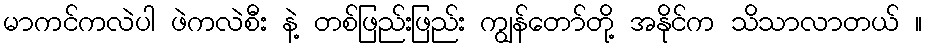
မာကင်ကလဲပါ ဖဲကလဲစီး နဲ့ တစ်ဖြည်းဖြည်း ကျွန်တော်တို့ အနိုင်က သိသာလာတယ် ။